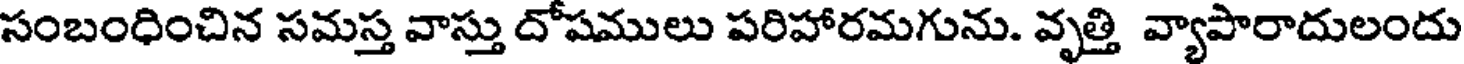
సంబంధించిన సమస్త వాస్తు దోషములు పరిహారమగును. వృత్తి వ్యాపారాదులందు